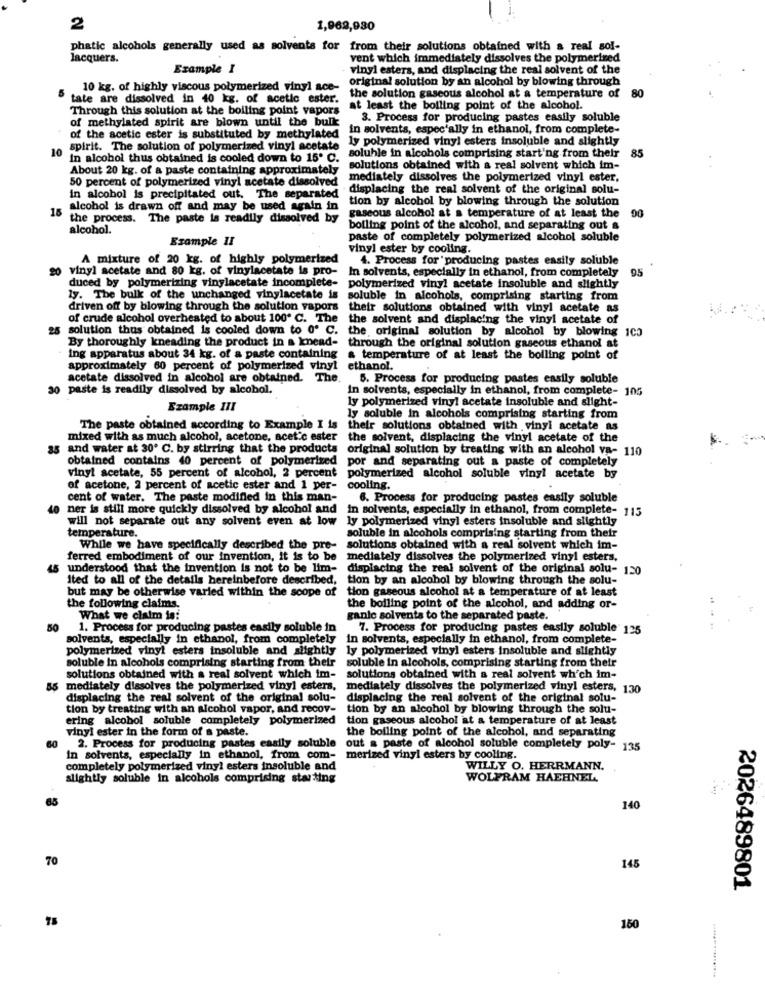
2
1,962,930
phatic alcohols generally used as solvents for from their solutions obtained with a real sol-
lacquers.
vent which immediately dissolves the polymerized
Example I
vinyl esters, and displacing the real solvent of the
original solution by an alcohol by blowing through
10 kg. of highly viscous polymerized vinyl ace-
tate are dissolved in 40 kg. of acetic ester.
the solution gaseous alcohol at a temperature of
80
Through this solution at the boiling point vapors
at least the boiling point of the alcohol.
of methylated spirit are blown until the bulk
3. Process for producing pastes easily soluble
in solvents, especially in ethanol, from complete-
of the acetic ester is substituted by methylated
ly polymerized viny! esters insoluble and slightly
10
spirit. The solution of polymerized vinyl acetate
85
in alcohol thus obtained is cooled down to 15º C.
soluble in alcohols comprising starting from their
About 20 kg. of a paste containing approximately
solutions obtained with a real solvent which im-
50 percent of polymerized vinyl acetate dissolved
mediately dissolves the polymerized vinyl ester,
displacing the real solvent of the original solu-
in alcohol is precipitated out. The separated
tion by alcohol by blowing through the solution
16
alcohol is drawn off and may be used again in
90
the process. The paste is readily dissolved by
gaseous alcohol at a temperature of at least the
alcohol.
boiling point of the alcohol, and separating out a
Example II
paste of completely polymerized alcohol soluble
vinyl ester by cooling.
A mixture of 20 kg. of highly polymerized
4. Process for producing pastes easily soluble
20 vinyl acetate and 80 kg. of vinylacetate is pro-
In solvents, especially in ethanol, from completely
95
duced by polymerizing vinylacetate incomplete-
polymerized vinyl acetate insoluble and slightly
ly. The bulk of the unchanged vinylacetate is
soluble in alcohols, comprising starting from
driven off by blowing through the solution vapors
their solutions obtained with vinyl acetate as
of crude alcohol overheated to about 100º C. The
the solvent and displacing the vinyl acetate of
25 solution thus obtained is cooled down to 0º C.
the, original solution by alcohol by blowing 1C3
By thoroughly kneading the product in a knead-
through the original solution gaseous ethanol at
ing apparatus about 34 kg. of a paste containing
& temperature of at least the boiling point of
approximately 60 percent of polymerized viny!
ethanol.
acetate dissolved in alcohol are obtained. T
5. Process for producing pastes easily soluble
30 paste is readily dissolved by alcohol.
in solvents, especially in ethanol, from complete- 105
ly polymerized viny! acetate insoluble and slight-
Ezample III
ly soluble in alcohols comprising starting from
The paste obtained according to Example I is
their solutions obtained with vinyl acetate as
mixed with as much alcohol, acetone, acetic ester
the solvent, displacing the vinyl acetate of the
35 and water at 30º C. by stirring that the products
original solution by treating with an alcohol va- 110
obtained contains 40 percent of polymerized
por and separating out a paste of completely
vinyl acetate, 55 percent of alcohol, 2 percent
polymerized alcohol soluble vinyl acetate by
of acetone, 2 percent of acetic ester and 1 per-
cooling.
cent of water. The paste modified in this man-
6. Process for producing pastes easily soluble
ner is still more quickly dissolved by alcohol and
in solvents, especially in ethanol, from complete- 115
will not separate out any solvent even at low
ly polymerized vinyl esters insoluble and slightly
temperature.
soluble in alcohols comprising starting from their
While we have specifically described the pre-
solutions obtained with a real solvent which im-
ferred embodiment of our invention, it is to be
mediately dissolves the polymerized vinyl esters.
understood that the invention is not to be lim-
displacing the real solvent of the original solu- 120
ited to all of the details hereinbefore described,
tion by an alcohol by blowing through the solu-
but may be otherwise varied within the scope of
tion gaseous alcohol at a temperature of at least
the following claims.
the boiling point of the alcohol, and adding or-
What we claim is!
ganic solvents to the separated paste.
50
1. Process for producing pastes easily soluble in
7. Process for producing pastes easily soluble 125
solvents, especially in ethanol, from completely
in solvents, especially in ethanol, from complete-
polymerized viny! esters insoluble and slightly
ly polymerized vinyl esters insoluble and slightly
soluble in alcohols comprising starting from their
soluble in alcohols, comprising starting from their
solutions obtained with a real solvent which im-
solutions obtained with a real solvent wh'ch im-
55 mediately dissolves the polymerized vinyl esters.
mediately dissolves the polymerized vinyl esters, 130
displacing the real solvent of the original solu-
displacing the real solvent of the original solu-
tion by treating with an alcohol vapor, and recov-
tion by an alcohol by blowing through the solu-
ering alcohol soluble completely polymerized
tion gaseous alcohol at a temperature of at least
vinyl ester in the form of a paste.
the boiling point of the alcohol, and separating
60
2. Process for producing pastes easily soluble
out a paste of alcohol soluble completely poly- 135
In solvents, especially in ethanol, from com- merized vinyl esters by cooling.
completely polymerized vinyl esters insoluble and
WILLY O. HERRMANN.
slightly soluble in alcohols comprising starting
WOLFRAM HAEHNEL
65
140
70
145
2026489801
150